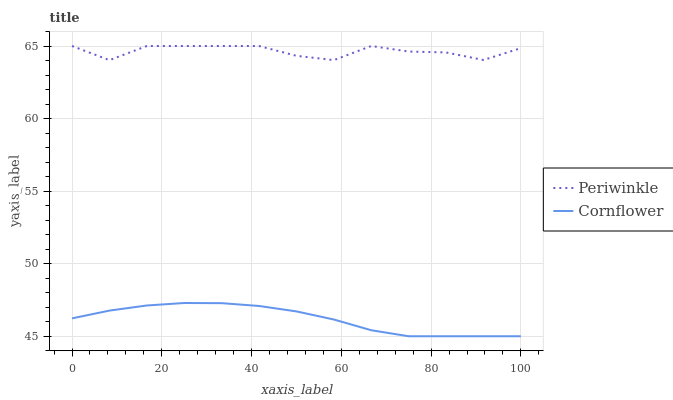
| xaxis_label | Periwinkle | Cornflower |
 | --- | --- | --- |
 | 0 | 65 | 46.2 |
 | 8.33 | 64 | 46.8 |
 | 16.7 | 65 | 47.1 |
 | 25 | 65 | 47.3 |
 | 33.3 | 65 | 47.3 |
 | 41.7 | 65 | 47.1 |
 | 50 | 64.3 | 46.7 |
 | 58.3 | 64 | 46.2 |
 | 66.7 | 65 | 45.4 |
 | 75 | 64.6 | 45 |
 | 83.3 | 64.6 | 45 |
 | 91.7 | 64 | 45 |
 | 100 | 64.9 | 45 |